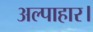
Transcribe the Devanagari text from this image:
अल्पाहार।